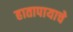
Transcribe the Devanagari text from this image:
हातापायाचे